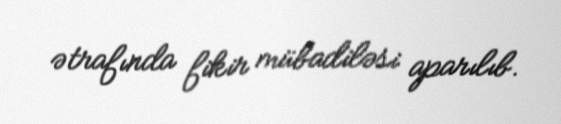
ətrafında fikir mübadiləsi aparılıb.